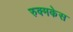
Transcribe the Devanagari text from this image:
रुक्मकेस